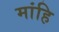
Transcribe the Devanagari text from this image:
मांहि